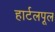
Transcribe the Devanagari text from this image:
हार्टलपूल